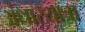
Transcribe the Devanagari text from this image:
अंधारयात्रा